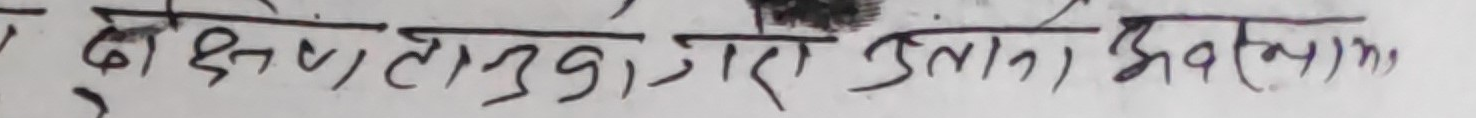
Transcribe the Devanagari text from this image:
दाक्षण लाग्यो, जरो उता लाग्ला।